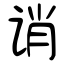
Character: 诮